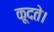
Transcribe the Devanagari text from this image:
कूदते।